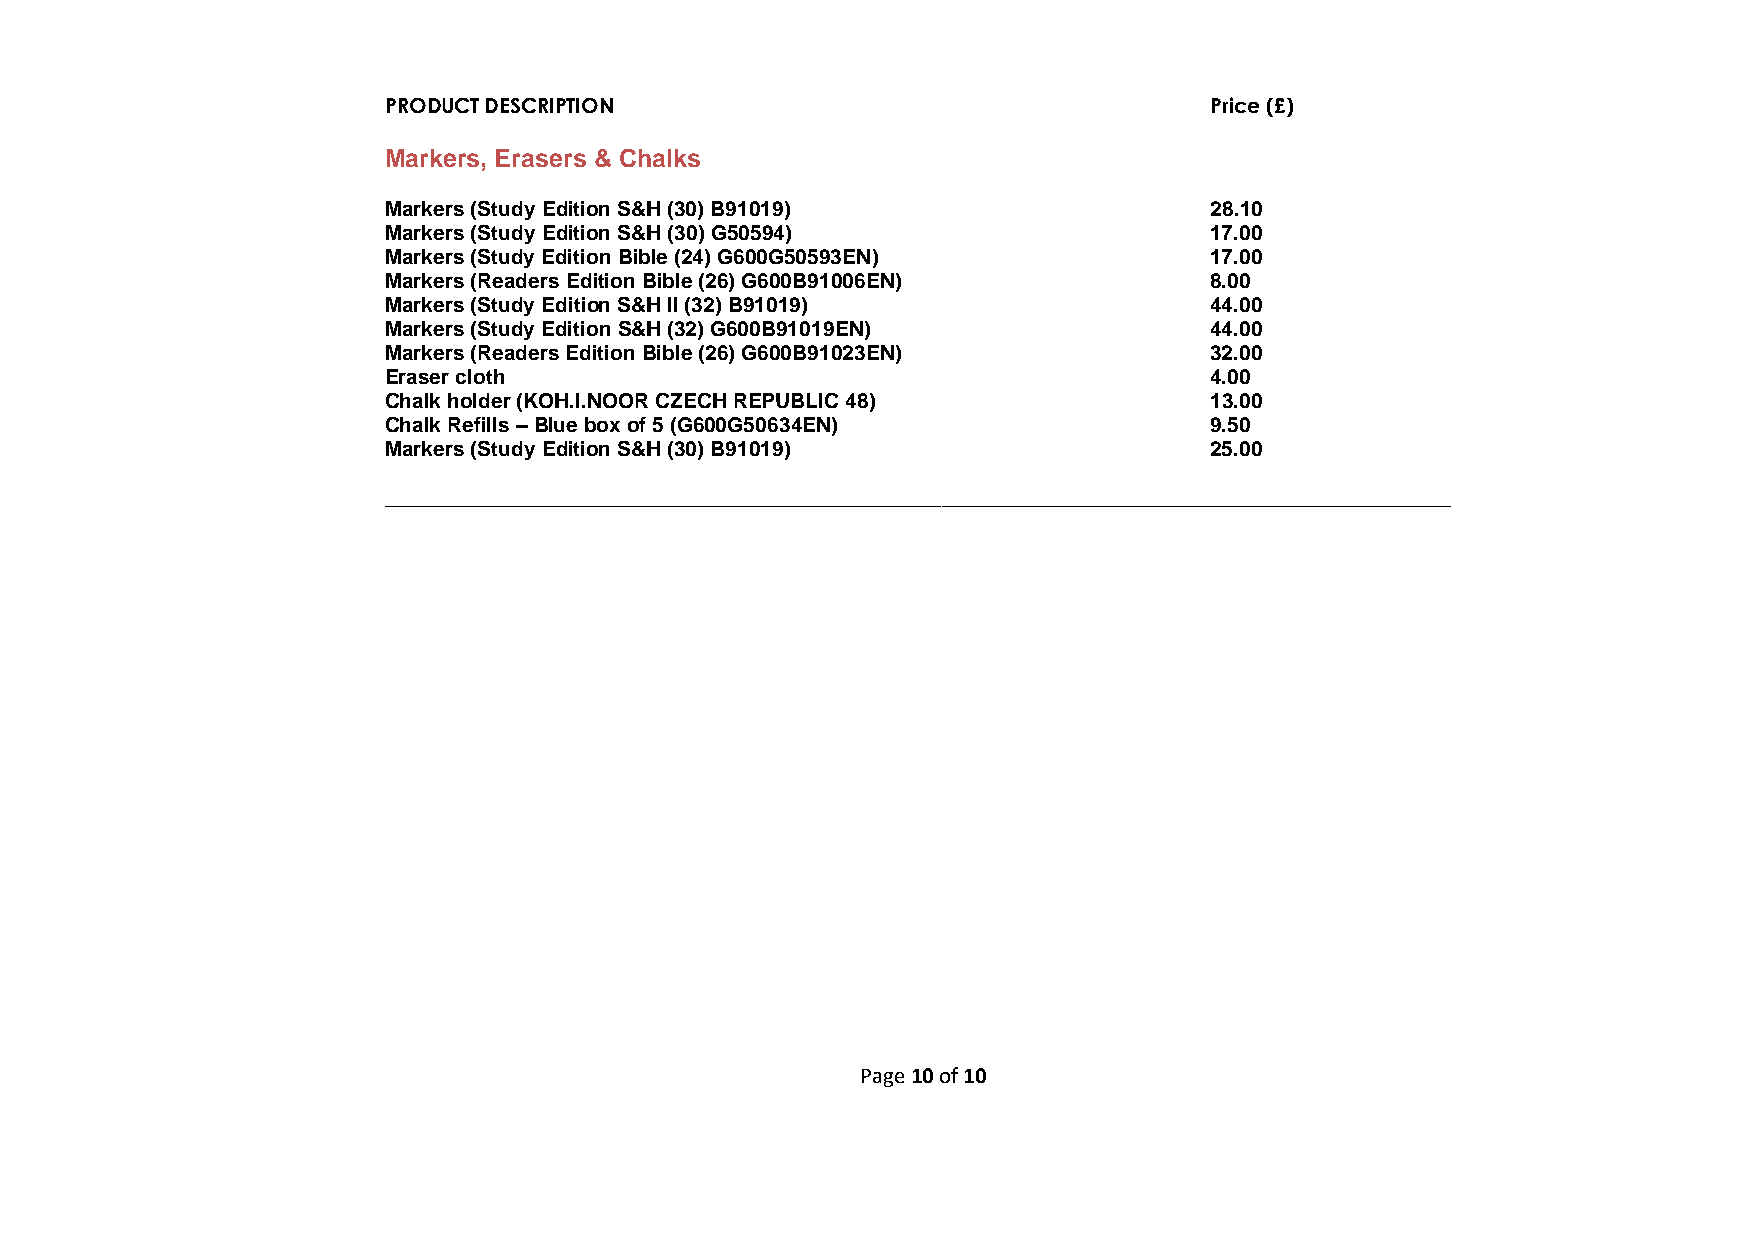
PRODUCT DESCRIPTION                                   Price (£)
 Markers, Erasers & Chalks
 Markers (Study Edition S&H (30) B91019)               28.10
 Markers (Study Edition S&H (30) G50594)               17.00
 Markers (Study Edition Bible (24) G600G50593EN)       17.00
 Markers (Readers Edition Bible (26) G600B91006EN)     8.00
 Markers (Study Edition S&H II (32) B91019)            44.00
 Markers (Study Edition S&H (32) G600B91019EN)         44.00
 Markers (Readers Edition Bible (26) G600B91023EN)     32.00
 Eraser cloth                                          4.00
 Chalk holder (KOH.I.NOOR CZECH REPUBLIC 48)           13.00
 Chalk Refills – Blue box of 5 (G600G50634EN)          9.50
 Markers (Study Edition S&H (30) B91019)               25.00
 ____________________________________________________________________________________________
 Page 10 of 10